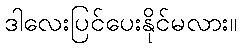
ဒါလေးပြင်ပေးနိုင်မလား။